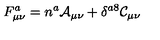
F _ { \mu \nu } ^ { a } = n ^ { a } \mathcal { A } _ { \mu \nu } + \delta ^ { a 8 } \mathcal { C } _ { \mu \nu }